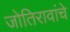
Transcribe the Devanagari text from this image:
जोतिरावांचे